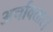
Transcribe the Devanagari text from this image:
अर्चावतार।